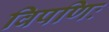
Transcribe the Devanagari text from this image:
विपणिः